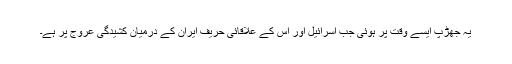
یہ جھڑپ ایسے وقت پر ہوئی جب اسرائیل اور اس کے علاقائی حریف ایران کے درمیان کشیدگی عروج پر ہے۔